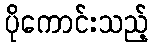
ပိုကောင်းသည့်